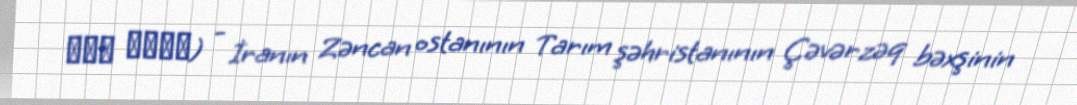
شیر میشه) - İranın Zəncan ostanının Tarım şəhristanının Çəvərzəq bəxşinin